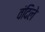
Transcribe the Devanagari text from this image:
वंदिले